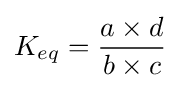
K_{eq}={\frac {a\times d}{b\times c}}